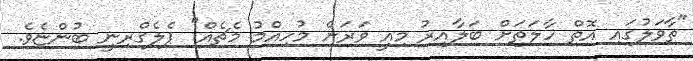
"ތާވަލުގައި އޮތް ހާލަތަށް ބަލާއިރު މިއީ ވަރަށް މުހިއްމު މެޗެއް" ޕެލެގްރިނީ ބުންޏެވެ.